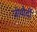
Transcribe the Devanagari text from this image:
जीयौर्दी